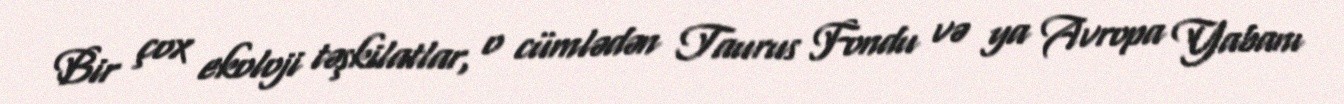
Bir çox ekoloji təşkilatlar, o cümlədən Taurus Fondu və ya Avropa Yabanı